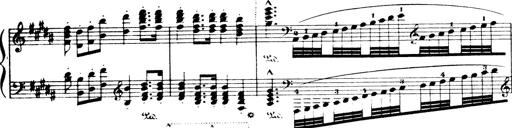
Title: Wagner-Liszt Album
Composer: Franz Liszt